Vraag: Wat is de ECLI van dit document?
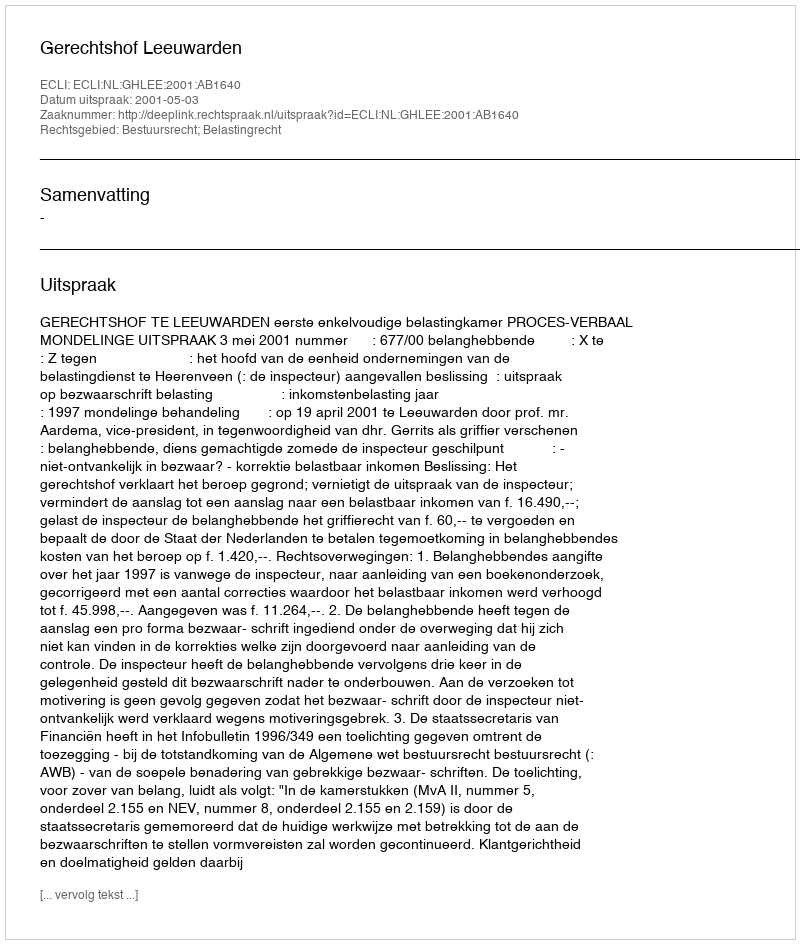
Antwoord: ECLI:NL:GHLEE:2001:AB1640